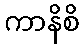
ကာနိစိ